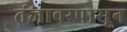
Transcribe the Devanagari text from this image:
तंजावरपासून